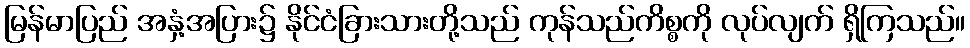
မြန်မာပြည် အနှံ့အပြား၌ နိုင်ငံခြားသားတို့သည် ကုန်သည်ကိစ္စကို လုပ်လျက် ရှိကြသည်။